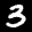
Label: 3